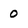
Character: 0